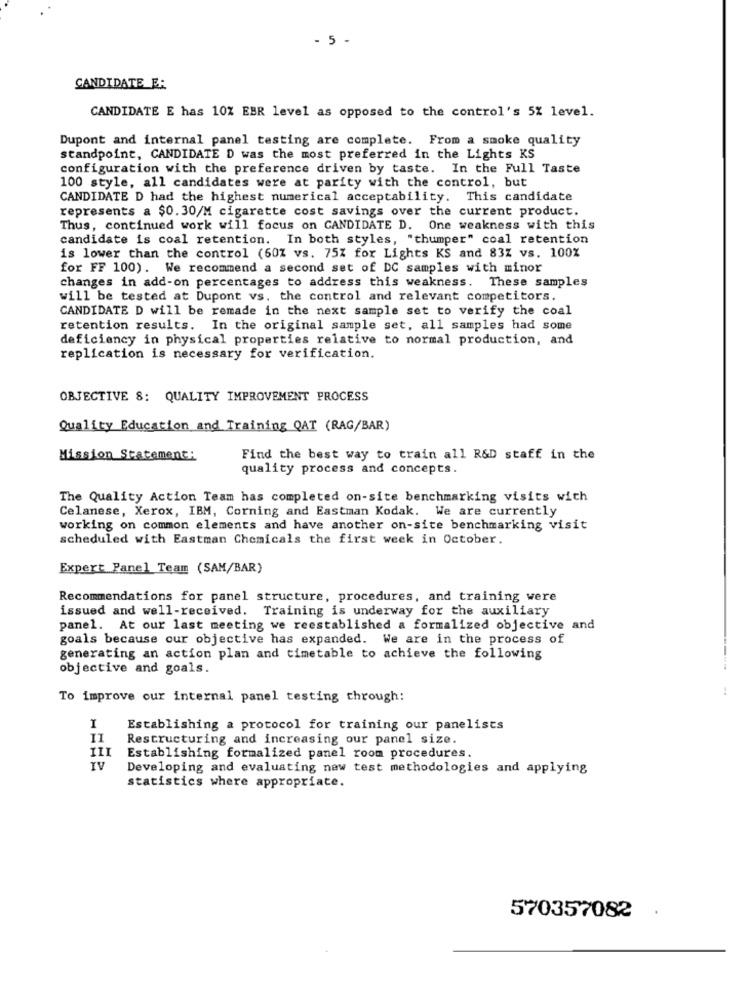
- 5 -
CANDIDATE E:
CANDIDATE E has 10% EBR level as opposed to the control's 5% level.
Dupont and internal panel testing are complete. From a smoke quality
standpoint, CANDIDATE D was the most preferred in the Lights KS
configuration with the preference driven by taste. In the Full Taste
100 style, all candidates were at parity with the control, but
CANDIDATE D had the highest numerical acceptability. This candidate
represents a $0.30/M cigarette cost savings over the current product.
Thus, continued work will focus on CANDIDATE D. One weakness with this
candidate is coal retention. In both styles, "thumper" coal retention
is lower than the control (601 vs. 75% for Lights KS and 83% vs. 100%
for FF 100). We recommend a second set of DC samples with minor
changes in add-on percentages to address this weakness. These samples
will be tested at Dupont vs. the control and relevant competitors.
CANDIDATE D will be remade in the next sample set to verify the coal
retention results. In the original sample set, all samples had some
deficiency in physical properties relative to normal production, and
replication is necessary for verification.
OBJECTIVE 8: QUALITY IMPROVEMENT PROCESS
Quality Education and Training QAT (RAG/BAR)
Mission Statement:
Find the best way to train all R&D staff in the
quality process and concepts.
The Quality Action Team has completed on-site benchmarking visits with
Celanese, Xerox, IBM, Corning and Eastman Kodak. We are currently
working on common elements and have another on-site benchmarking visit
scheduled with Eastman Chemicals the first week in October.
Expert Panel Team (SAM/BAR)
Recommendations for panel structure, procedures, and training were
issued and well-received. Training is underway for the auxiliary
panel. At our last meeting we reestablished a formalized objective and
goals because our objective has expanded. We are in the process of
generating an action plan and timetable to achieve the following
objective and goals.
To improve our internal panel testing through:
1
Establishing a protocol for training our panelists
II
Restructuring and increasing our panel size.
III
Establishing formalized panel room procedures.
IV
Developing and evaluating new test methodologies and applying
statistics where appropriate.
570357082